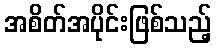
အစိတ်အပိုင်းဖြစ်သည့်